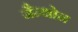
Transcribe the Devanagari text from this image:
जैन्थोन